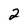
Character: 2